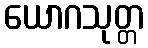
ယောဂသုတ္တ